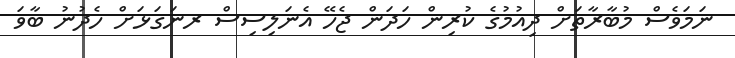
ނަމަވެސް މުބާރާތަށް ދިއުމުގެ ކުރިން ހަދަން ޖެހޭ އެނަލިސިސް ރނަގަޅަށް ހެދުނު ބާވަ